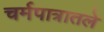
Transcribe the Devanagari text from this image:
चर्मपात्रातले